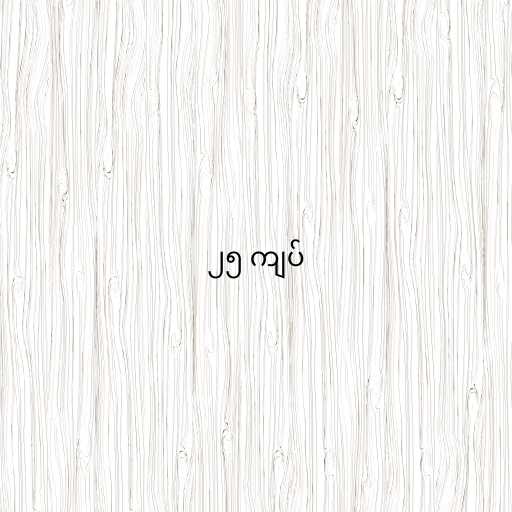
၂၅ ကျပ်